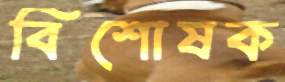
বিশোষক